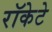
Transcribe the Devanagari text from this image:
रॉकेटे